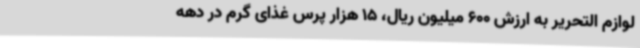
لوازم التحریر به ارزش 600 میلیون ریال، 15 هزار پرس غذای گرم در دهه